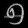
Digit: ၅